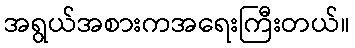
အရွယ်အစားကအရေးကြီးတယ်။